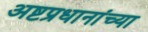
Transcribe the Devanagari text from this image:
अष्टप्रधानांच्या